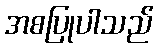
အစပြုပါသည်